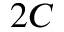
2 C